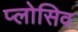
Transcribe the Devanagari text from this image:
प्लोसिव